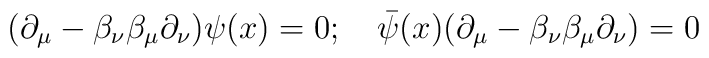
(\partial_\mu - \beta_\nu \beta_\mu \partial_\nu) \psi(x) = 0; \quad{\bar \psi}(x) (\partial_\mu - \beta_\nu \beta_\mu \partial_\nu) = 0